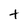
Character: T